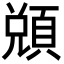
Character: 䫄